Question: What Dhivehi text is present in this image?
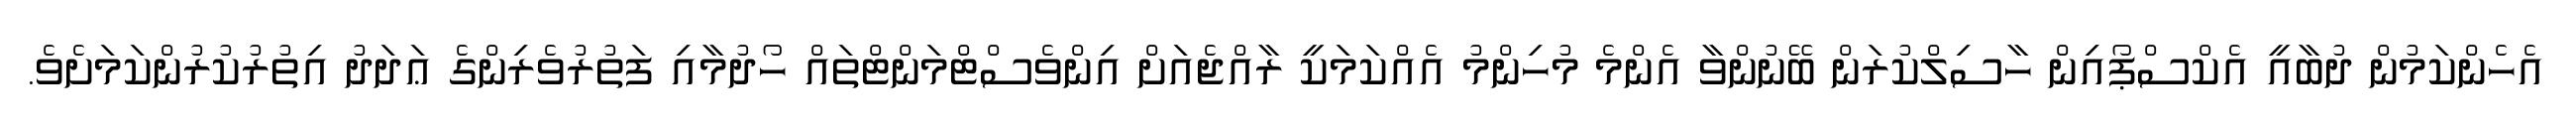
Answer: އެހެންކަމުން ދުބާއީ އެކްސްޕޯއިން ހާސިލްކުރަން ބޭނުންވާ އެންމެ މުހިންމު އެއްކަމަކީ ރާއްޖެއަށް އިންވެސްޓްމަންޓްތައް ހޯދުމާއި ފަތުރުވެރިންގެ ޢަދަދު އިތުރުކުރުންކަމަށެވެ.